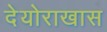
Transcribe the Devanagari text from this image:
देयोराखास